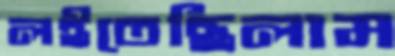
লইতেছিলাম